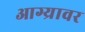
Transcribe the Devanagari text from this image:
आग्र्यावर